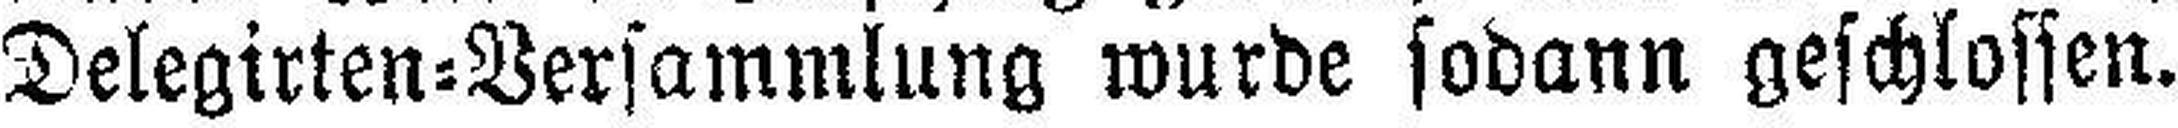
Delegirten=Versammlung wurde sodann geschlossen.